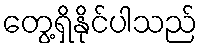
တွေ့ရှိနိုင်ပါသည်